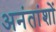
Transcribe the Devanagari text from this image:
अनंतांशों